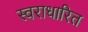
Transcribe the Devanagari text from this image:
स्वराधारित